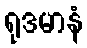
ရုဒမာနံ